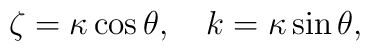
\zeta=\kappa\cos\theta,\quad k=\kappa\sin\theta,